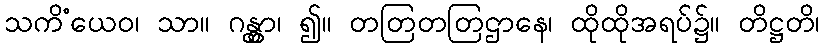
သကိံယေဝ၊ သာ။ ဂန္တွာ၊ ၍။ တတြတတြဌာနေ၊ ထိုထိုအရပ်၌။ တိဋ္ဌတိ၊